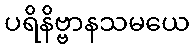
ပရိနိဗ္ဗာနသမယေ